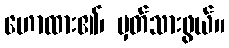
ဟောထား၏၊ မှတ်သားဖွယ်။